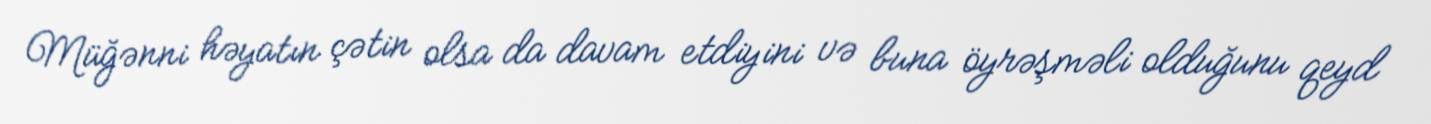
Müğənni həyatın çətin olsa da davam etdiyini və buna öyrəşməli olduğunu qeyd